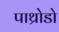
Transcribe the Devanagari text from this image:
पाथ्रोडो